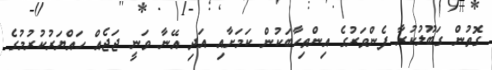
ގޮތުން ގަބޫލުކުރާ ފެންވަރުގެ އިންތިހާބަކުން ކަމަށާއި އަދި އޭނާ ވަނީ ޖަޖެއް ހައްޔަރުކުރުމުގެ